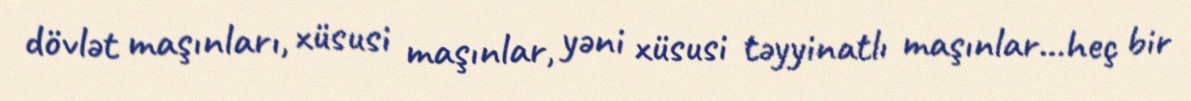
dövlət maşınları, xüsusi maşınlar, yəni xüsusi təyyinatlı maşınlar...heç bir